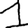
Digit: 1